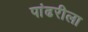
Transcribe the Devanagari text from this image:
पांढरीला